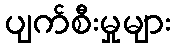
ပျက်စီးမှုများ